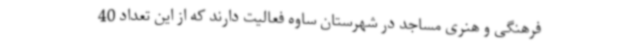
فرهنگی و هنری مساجد در شهرستان ساوه فعالیت دارند که از این تعداد 40